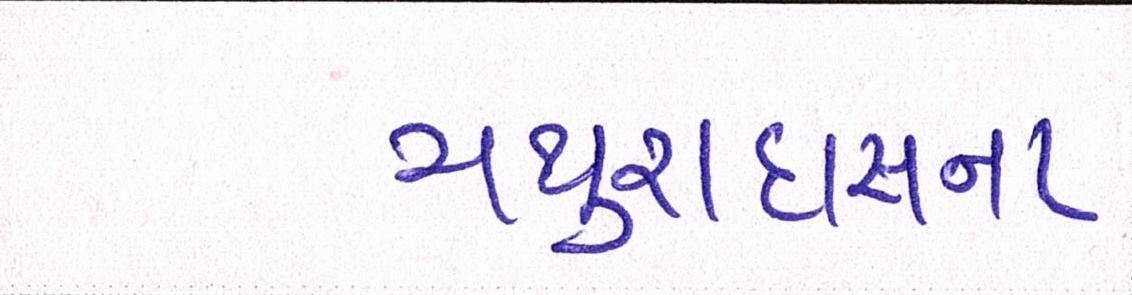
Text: મથુરાદાસના